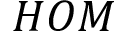
H O M